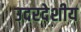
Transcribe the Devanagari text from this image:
उदरदेशीय